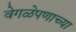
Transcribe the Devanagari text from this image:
वेगळेपणाच्या